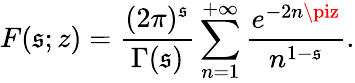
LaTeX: F(\mathfrak{s};z)=\frac{{(2\pi)^{\mathfrak{s}}}}{{\Gamma(\mathfrak{s})}}\sum_{n=1}^{+\infty}\frac{{e^{-2n\piz}}}{{n^{1-\mathfrak{s}}}}.